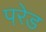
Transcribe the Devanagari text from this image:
परे़ड